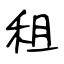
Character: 租